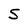
Character: S